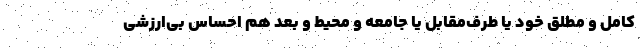
کامل و مطلق خود یا طرف‌مقابل یا جامعه و محیط و بعد هم احساس بی‌ارزشی